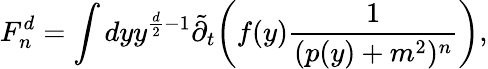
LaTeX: F_{n}^{d}=\int dyy^{\frac{d}{2}-1}{\tilde{\partial}_{t}}\bigg(f(y)\frac{1}{(p(y)+m^{2})^{n}}\bigg)\mathrm{,}